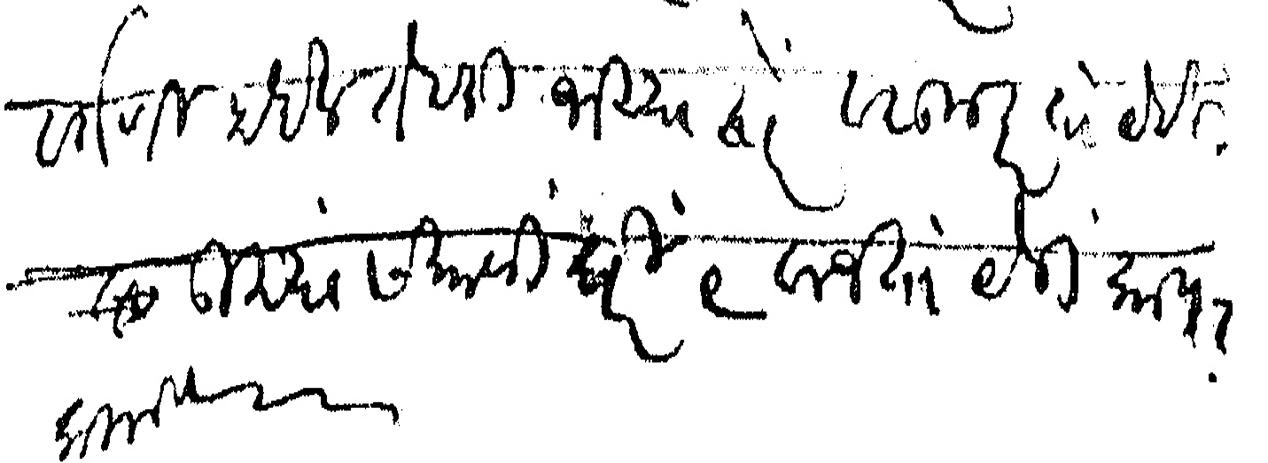
Transliteration (Devanagari): वर्गणी होईल तेवढी भय्या द्वारे वसूल करता येईल उद्या सकाळी घरी ९ वाजता येऊ काय कळावे